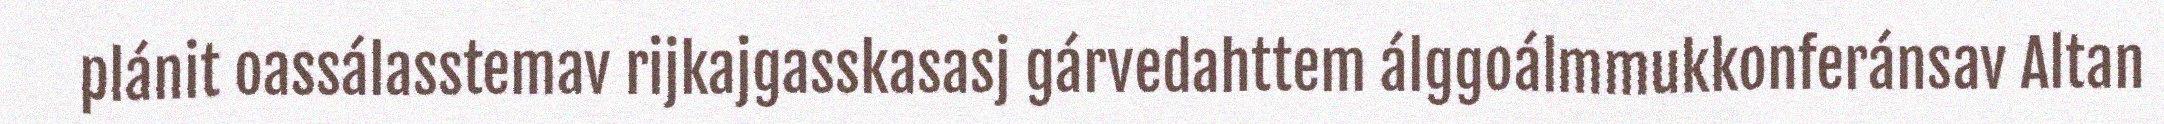
plánit oassálasstemav rijkajgasskasasj gárvedahttem álggoálmmukkonferánsav Altan